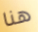
هنا